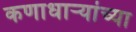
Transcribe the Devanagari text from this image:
कणाधाऱ्यांच्या